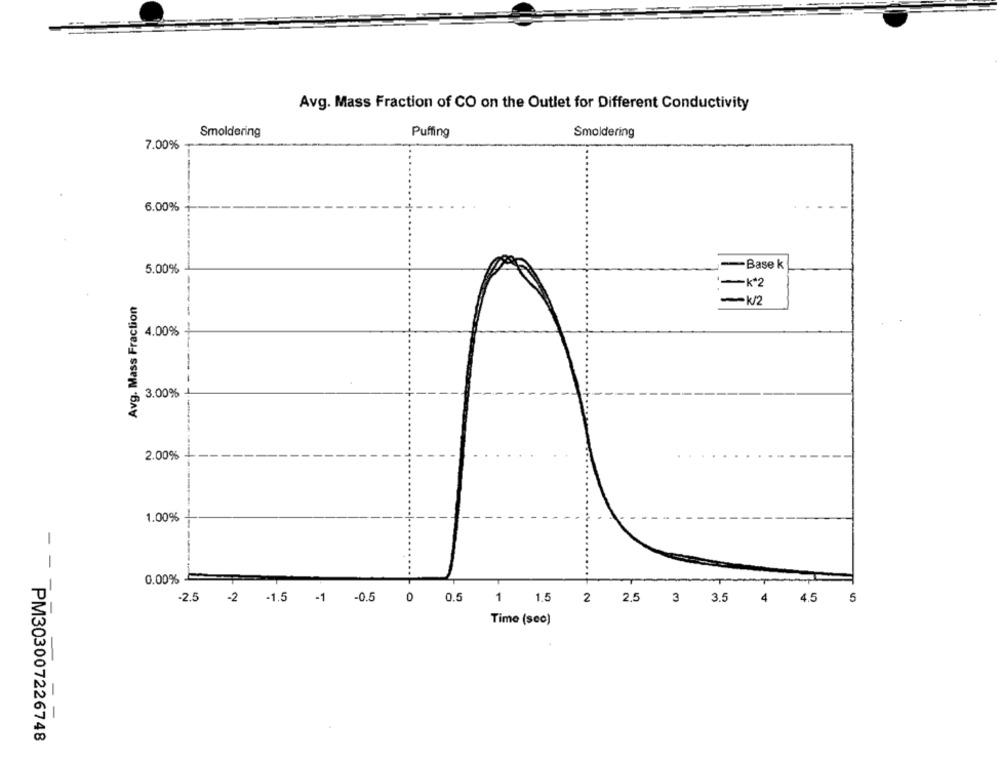
Avg. Mass Fraction of CO on the Outlet for Different Conductivity
Smoldering
Puffing
Smoldering
7.00%
6.00%
-Base k
5.00%
-k*2
Avg. Mass Fraction
-k/2
4.00%
3.00%
2.00%
1.00%
-
-
0.00%
-2.5
-2
-1.5 -1
-0.5
0
0.5
1
1.5
2 2.5 3 3.5
4
4.5
5
Time (sec)
PM303007226748